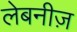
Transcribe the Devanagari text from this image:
लेबनीज़